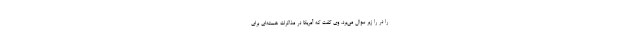
را در را زیر سوال می‌برد. وی گفت که آمریکا در مذاکرات هسته‌ای برای